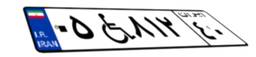
۰۵W۸۱۲۴۰